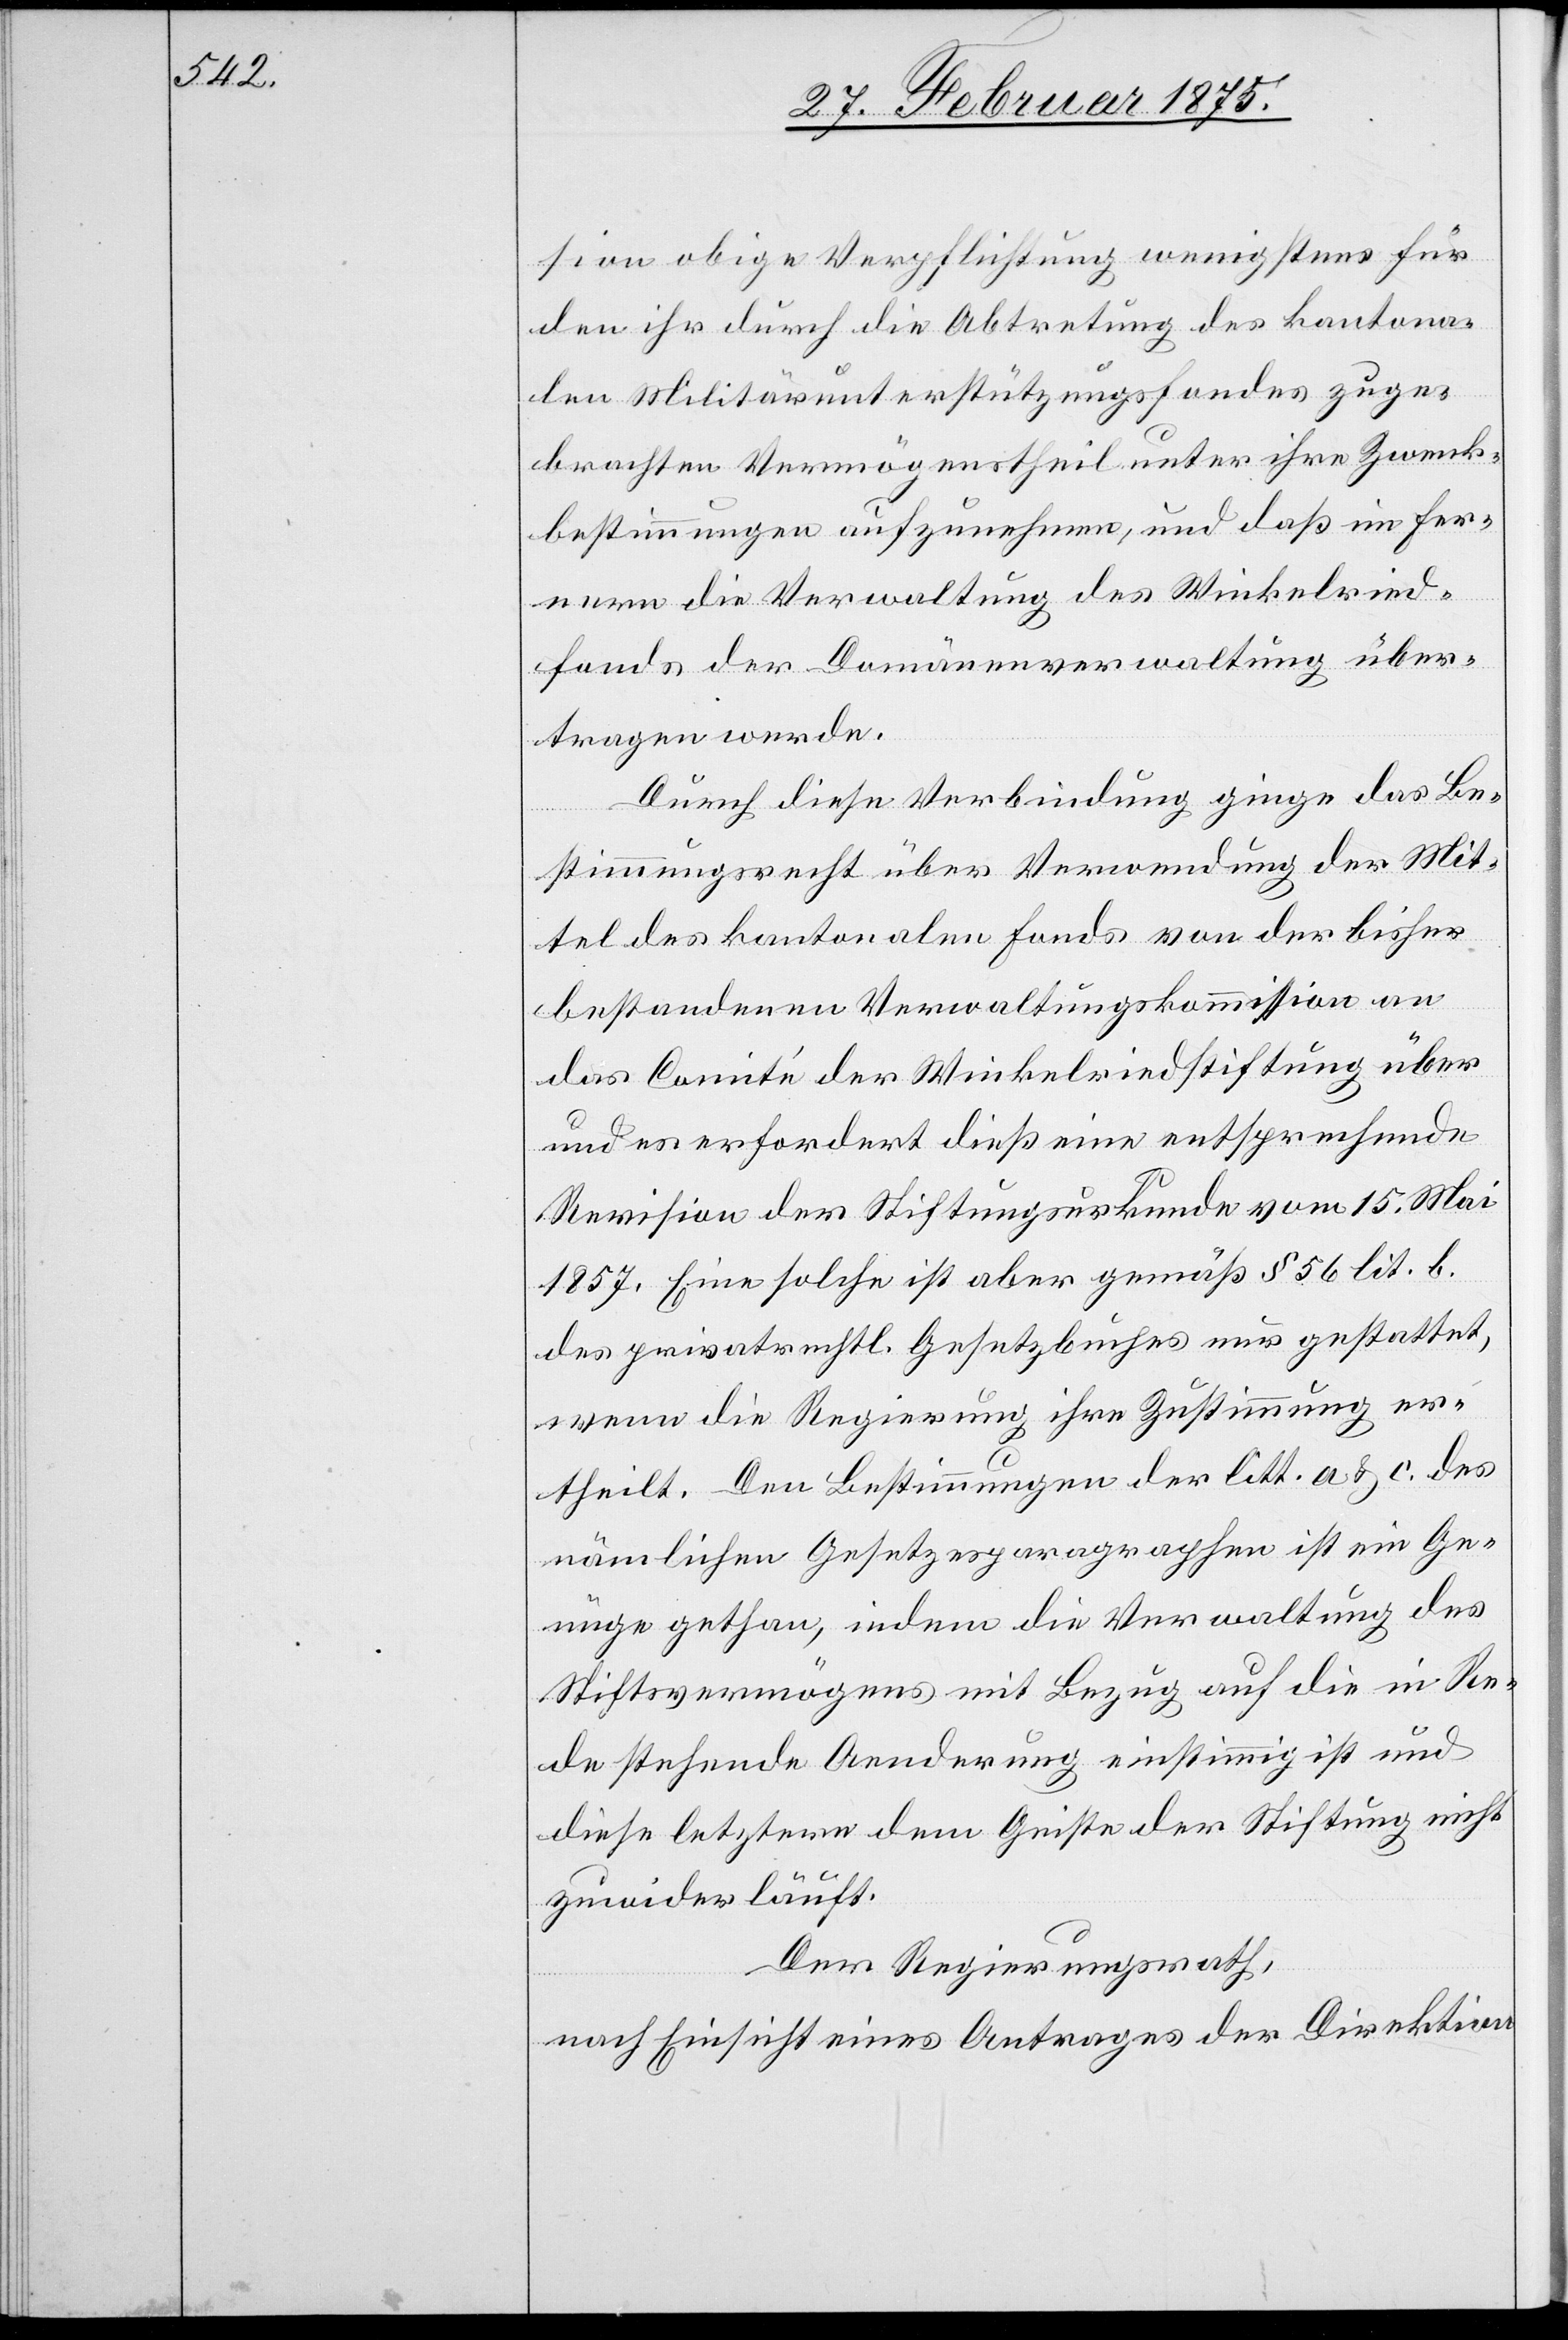
sion obige Verpflichtung wenigstens für
den ihr durch die Abtretung des kantona¬
len Militärunterstützungsfondes zuge¬
brachten Vermögenstheil unter ihre Zweck¬
bestimmungen aufzunehmen, und daß im Fer¬
über¬
nern die Verwaltung des Winkelried¬
tragen werde.
Durch diese Verbindung ginge das Be¬
stimmungsrecht über Verwendung der Mit¬
tel des kantonalen Fonds von der bisher
bestandenen Verwaltungskommission an
das Comité der Winkelriedstiftung über
und es erfordert dieß eine entsprechende
Revision der Stiftungsurkunde vom 15. Mai
1857. Eine solche ist aber gemäß § 56 lit. b.
des privatrechtl. Gesetzbuches nur gestattet,
wenn die Regierung ihre Zustimmung er¬
theilt. Den Bestimmungen der litt. a & c. des
nämlichen Gesetzesparagraphen ist ein Ge¬
nüge gethan, indem die Verwaltung des
Stiftsvermögens mit Bezug auf die in Re¬
de stehende Aenderung einstimmig ist und
diese letztere dem Geiste der Stiftung nicht
zuwiderläuft.
Der Regierungsrath,
nach Einsicht eines Antrages der Direktion